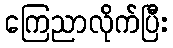
ကြေညာလိုက်ပြီး